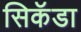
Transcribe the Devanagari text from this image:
सिकॅडा